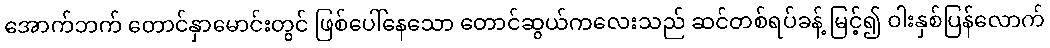
အောက်ဘက် တောင်နှာမောင်းတွင် ဖြစ်ပေါ်နေသော တောင်ဆွယ်ကလေးသည် ဆင်တစ်ရပ်ခန့် မြင့်၍ ဝါးနှစ်ပြန်လောက်